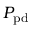
P _ { \mathrm { p d } }